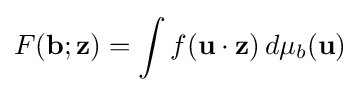
F(\mathbf {b} ;\mathbf {z} )=\int f(\mathbf {u} \cdot \mathbf {z} )\,d\mu _{b}(\mathbf {u} )